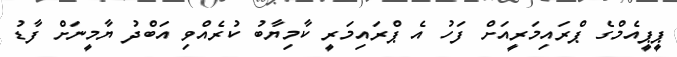
ޕީޕީއެމްގެ ޕްރައިމަރީއަށް ފަހު އެ ޕްރައިމަރީ ކާމިޔާބު ކުރެއްވި އަބްދު ޔާމީނަށް ފާޑު